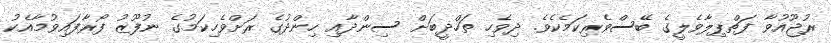
ރުޖޫއުވާ ފަތްޕިލާވެލީގެ ބޭސްވެރިކަމެކެވެ. ދިވެހި ތަހްޛީބަށް ސިންދާއި ހިންދުގެ ރަށްވެހިކަމުގެ ނުފޫޒު ފޯރާފައިވުމާއެކު